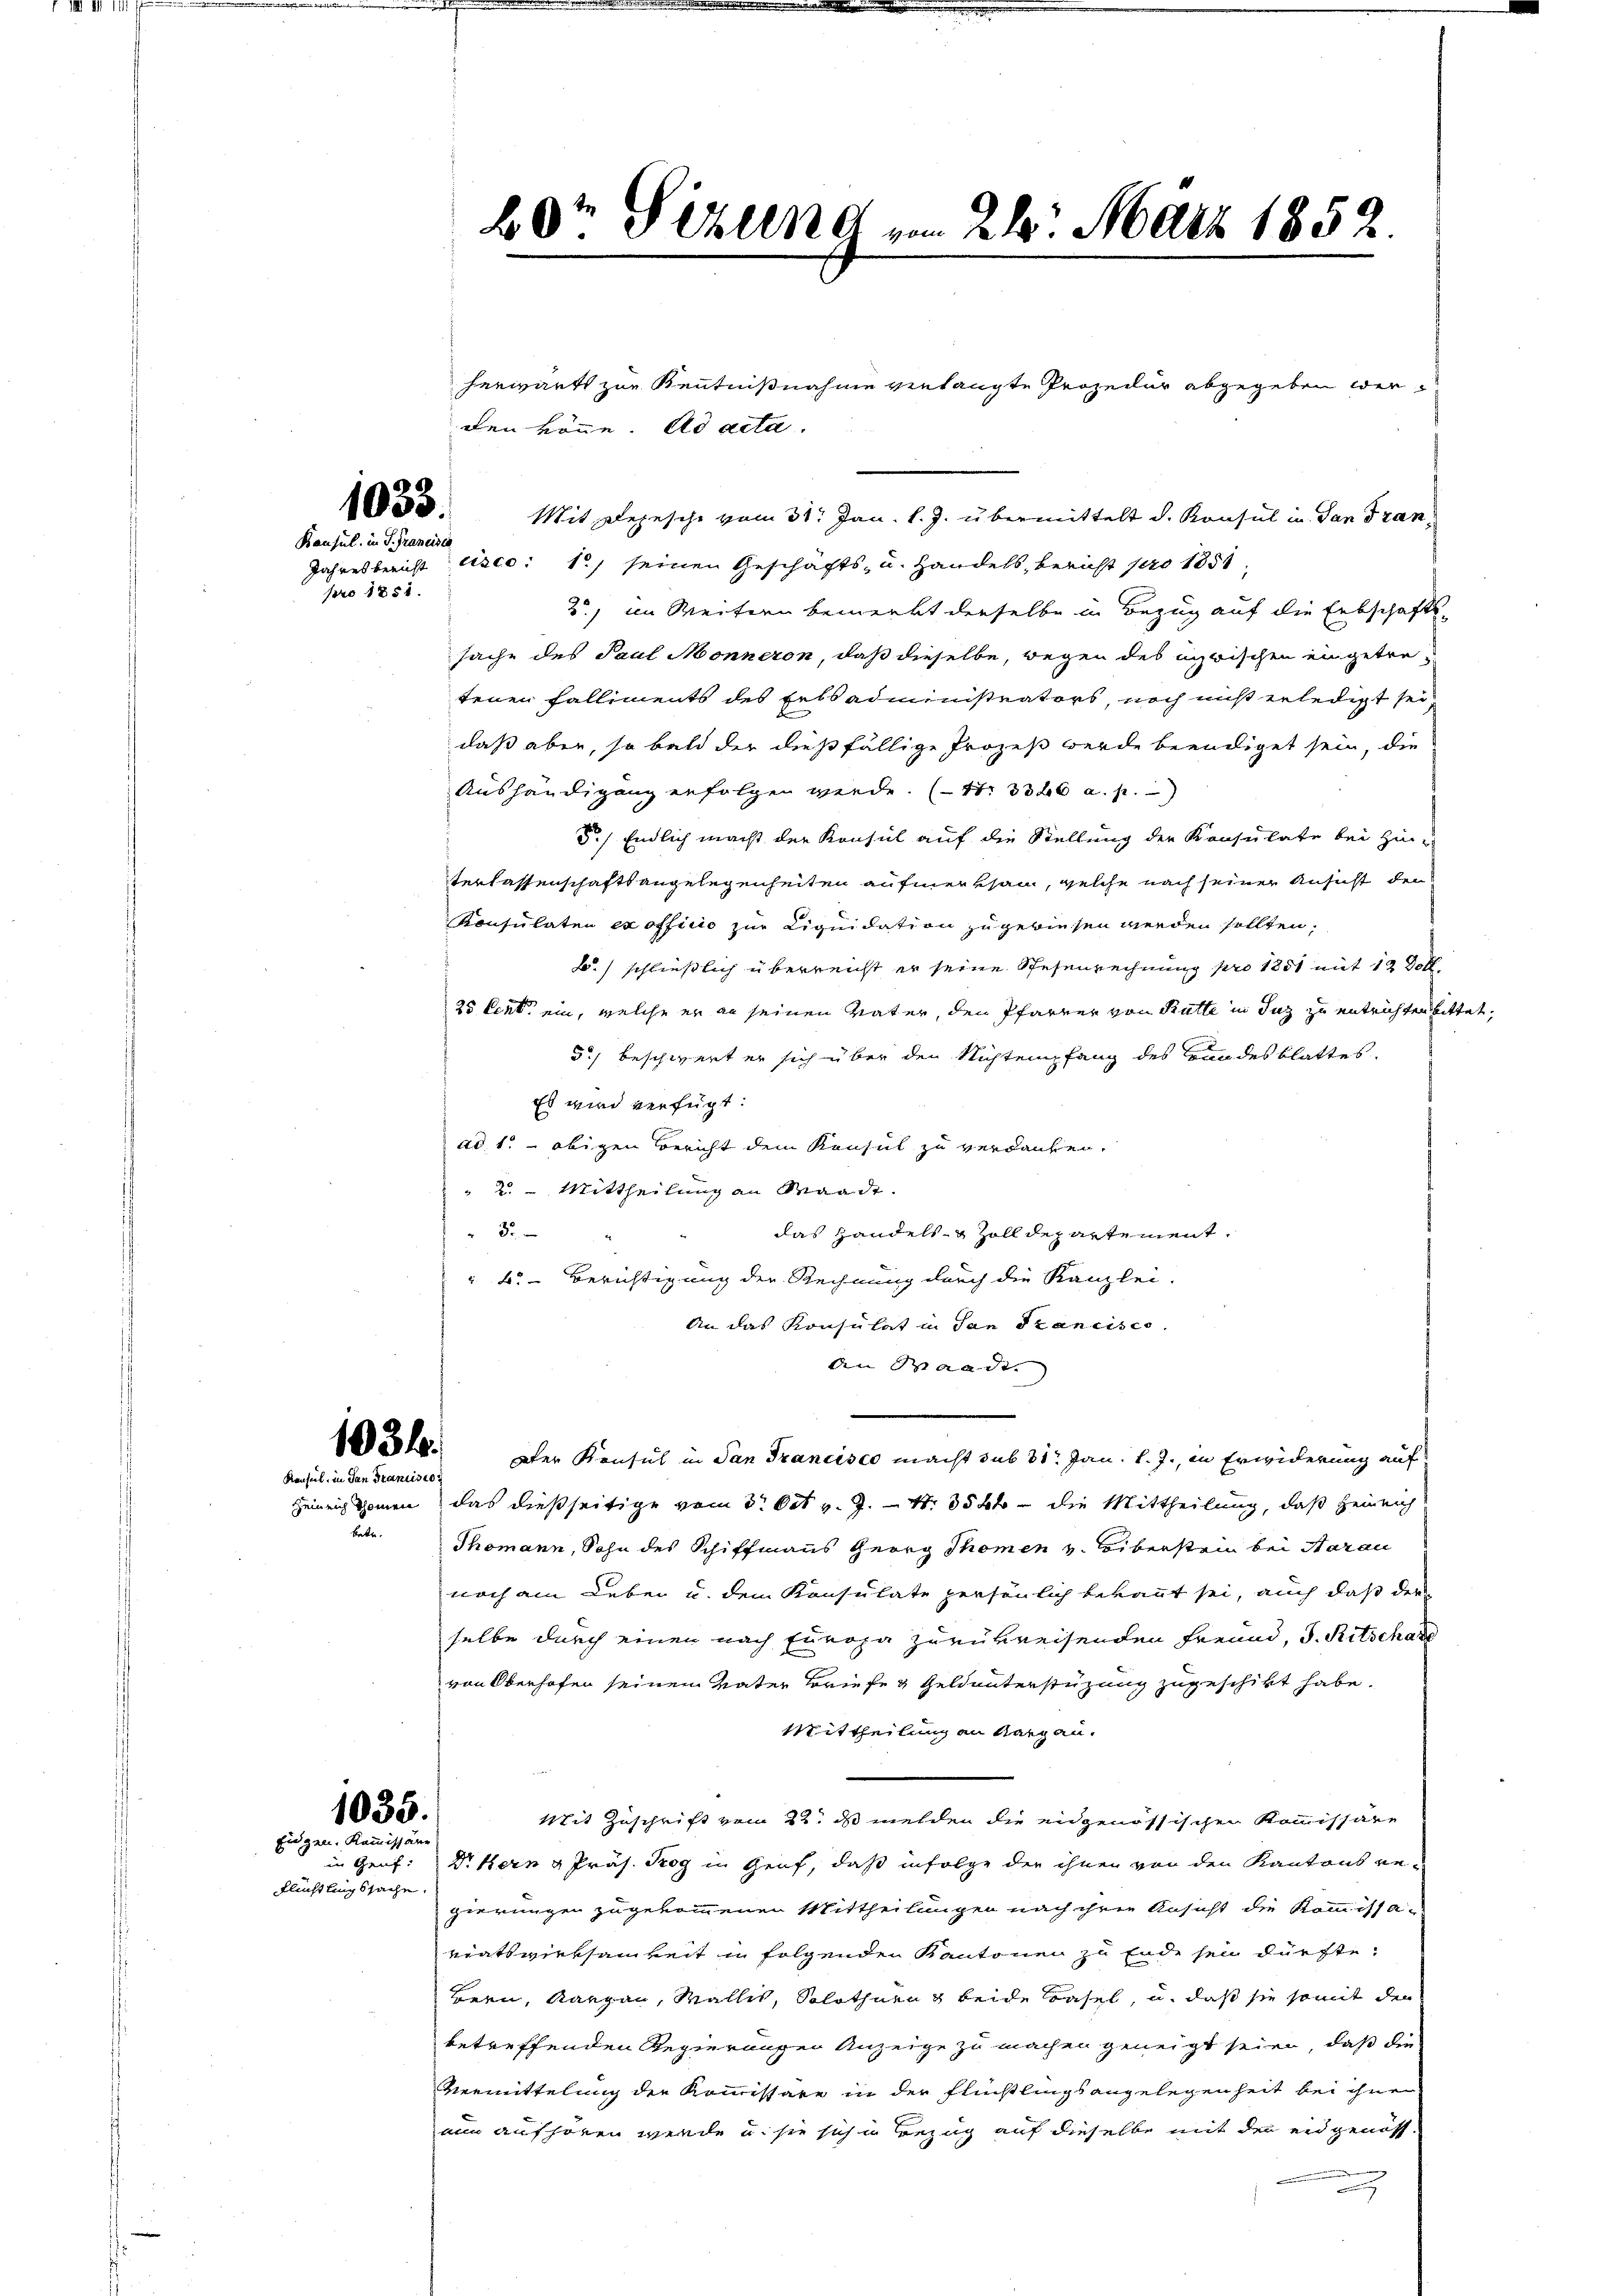
Kausul. in P. Francisce

pro 1851.

Konsul, in San Francisio

553. Mit Depesche vom 31. Jan. l. J. übermittelt d. Konsul in dan Fran¬
Jahresbericht eiseo: 1) seinen Geschäfts- u. Handels, bericht pro 1851,
2) im Weitern bemerkt derselbe in Bezug auf die Erbschafts-
sache des Paul Monneron, daß dieselbe, wegen des unwischen eingetretenen Falliments des Erbsadministrators, noch nicht erledigt sei,
daß aber, so bald der dießfällige Prozeß werde beendiget sein, die
Aushändigung erfolgen werde. (41. 3326 a. p.)
5.) Endlich macht der Konsul auf die Stellung der Konsulate bei Hinterlassenschaftsangelegenheiten aufmerksam, welche nach seiner Ansicht den
Konsulaten ex officio zur Liquidation zugewiesen werden sollten,
.) schließlich überreicht er seine Spesenrechnung pro 1851 mit 12 Voll¬
25 Cent ein, welche er an seinen Vater, den Pfarrer von Rütte in Inz zu entrichten bittet,
5) beschwert er sich über den Nichtempfang des rundesblattes.
Es wird verfügt:
ad. 1. obigen Bericht dem Konsul zu verdanken.
" 2. Mittheilung an Waadt.
3.
das Handelsg Zolldepartement.
 6. Berichtigung der Rechnung durch die Kanzlei-
An das Konsulat in San Francisco
An Waadt.
54. Der Konsul in San Francisco macht sub 31. Jan. l. J., in Erwiderung auf
Heinrich Thomen das dießseitige vom 3. Oct v. J. N. 854 die Mittheilung, daß Heinrich
betr. Thomann, Sohn des Schiffmanns Georg Thomen v. Liberstein bei Aarau
noch am Leben u. dem Konsulate persönlich bekannt sei, auch daß der
selbe durch einen nach Europa zurükreisenden Freund, J. Ritschade
von Oberhofen seinem Vater Briefe u Geldunterstüzung zugeschikt habe.
Mittheilung an Margau.
Mit Zuschrift vom 22. ds melden die eidgenössischen Kommissäre
Dr Kern u Präs. Kog in Genf, daß infolge der ihnen von den Kantons re-
gierungen zugekommenen Mittheilungen nach ihren Ansicht die Kommissa-
eiatswerksamkeit un folgenden Kantonen zu Ende sei dürfte;
Bern, Aargau, Wallis, Solothurn beide Basel, u. daß sie somit der
betreffenden Regierungen Anzeige zu machen geneigt seien, daß die
Vermittelung der Kommissäre in der Flüchtlingsangelegenheit bei ihnen
nun aufhören werde u. sie sich in Bezug auf dieselbe mit den eidgenoss
un

Flüchtlingssache.

1035.
Eidgen. Kommissäre
in Gruf:

60te Sizung am 21. März 1852.

herwärts zur Kenntnißnahme verlangte Prozedur abgegeben werden könne. ad acta.